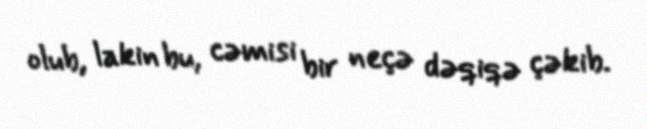
olub, lakin bu, cəmisi bir neçə dəqiqə çəkib.